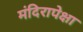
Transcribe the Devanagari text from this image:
मंदिरापेक्षा